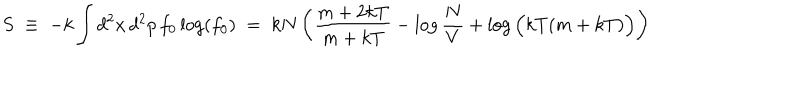
S \; \equiv \; - k \int d ^ { 2 } x \, d ^ { 2 } p \, f _ { 0 } \log ( f _ { 0 } ) \; = \; k N \left( \frac { m + 2 k T } { m + k T } - \log \frac { N } { V } + \log \Big ( k T ( m + k T ) \Big ) \right)